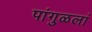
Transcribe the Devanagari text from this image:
पांगुळलां